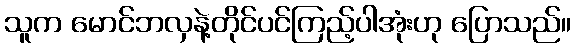
သူက မောင်ဘလှနဲ့တိုင်ပင်ကြည့်ပါအုံးဟု ပြောသည်။